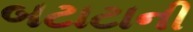
બટાટાની